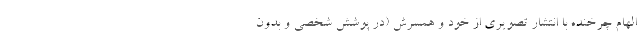
الهام چرخنده با انتشار تصویری از خود و همسرش (در پوشش شخصی و بدون